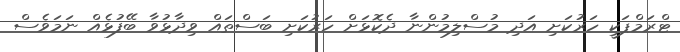
ޓްރަމްޕަކީ ހަރުކަށި އަދި މުސްލިމުންނާ ދެކޮޅަށް ހަރުކަށި ބަސްތައް ވިދާޅުވާ ބޭފުޅެއް ނަމަވެސް